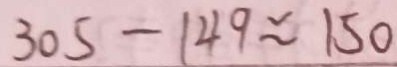
3 0 5 - 1 4 9 \approx 1 5 0